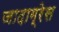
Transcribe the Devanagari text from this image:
जादाग्रेस